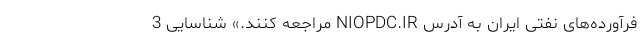
فرآورده‌های نفتی ایران به آدرس ‌NIOPDC.IR مراجعه کنند.» شناسایی 3